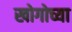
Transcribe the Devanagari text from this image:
खोगोच्या